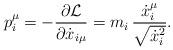
LaTeX: \begin{align*}p^{\mu}_i=- { {\partial {\cal L}}\over {\partial {\dot x}_{i\mu}} }=m_i\, { {{\dot x}^{\mu}_i}\over {\sqrt{{\dot x}^2_i}} }.\end{align*}